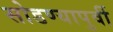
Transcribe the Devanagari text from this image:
सोडण्यापुर्वी